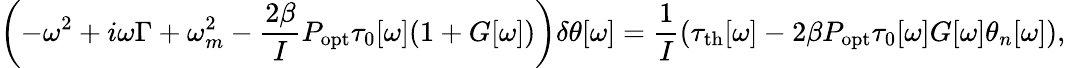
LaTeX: \left(-\omega^{2}+i\omega\Gamma+\omega_{m}^{2}-\frac{2\beta}{I}P_{\mathrm{opt}}\tau_{0}[\omega](1+G[\omega])\right)\delta\theta[\omega]=\frac{1}{I}\left(\tau_{\mathrm{{th}}}[\omega]-2\beta P_{\mathrm{opt}}\tau_{0}[\omega]G[\omega]\theta_{n}[\omega]\right),